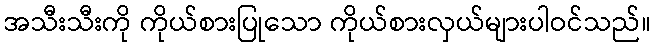
အသီးသီးကို ကိုယ်စားပြုသော ကိုယ်စားလှယ်များပါဝင်သည်။